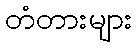
တံတားများ